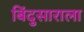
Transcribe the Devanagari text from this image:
बिंदुसाराला